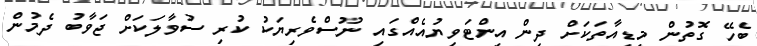
ބެހޭ ގޮތުން މީޑިއާތަކަށް ދިން އިންޓަވިޔުއެއްގައި ނޫސްވެރިޔަކު ކުރި ސުވާލަކަށް ޖަވާބު ދެމުން